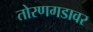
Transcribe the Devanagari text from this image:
तोरणगडावर